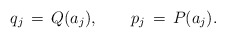
\begin{align*}q_{j}\,=\,Q(a_{j}),\hspace{2em}p_{j}\,=\,P(a_{j}).\end{align*}